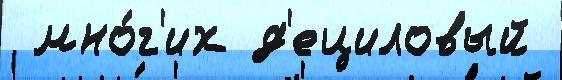
 мно́г'их д'ециловый